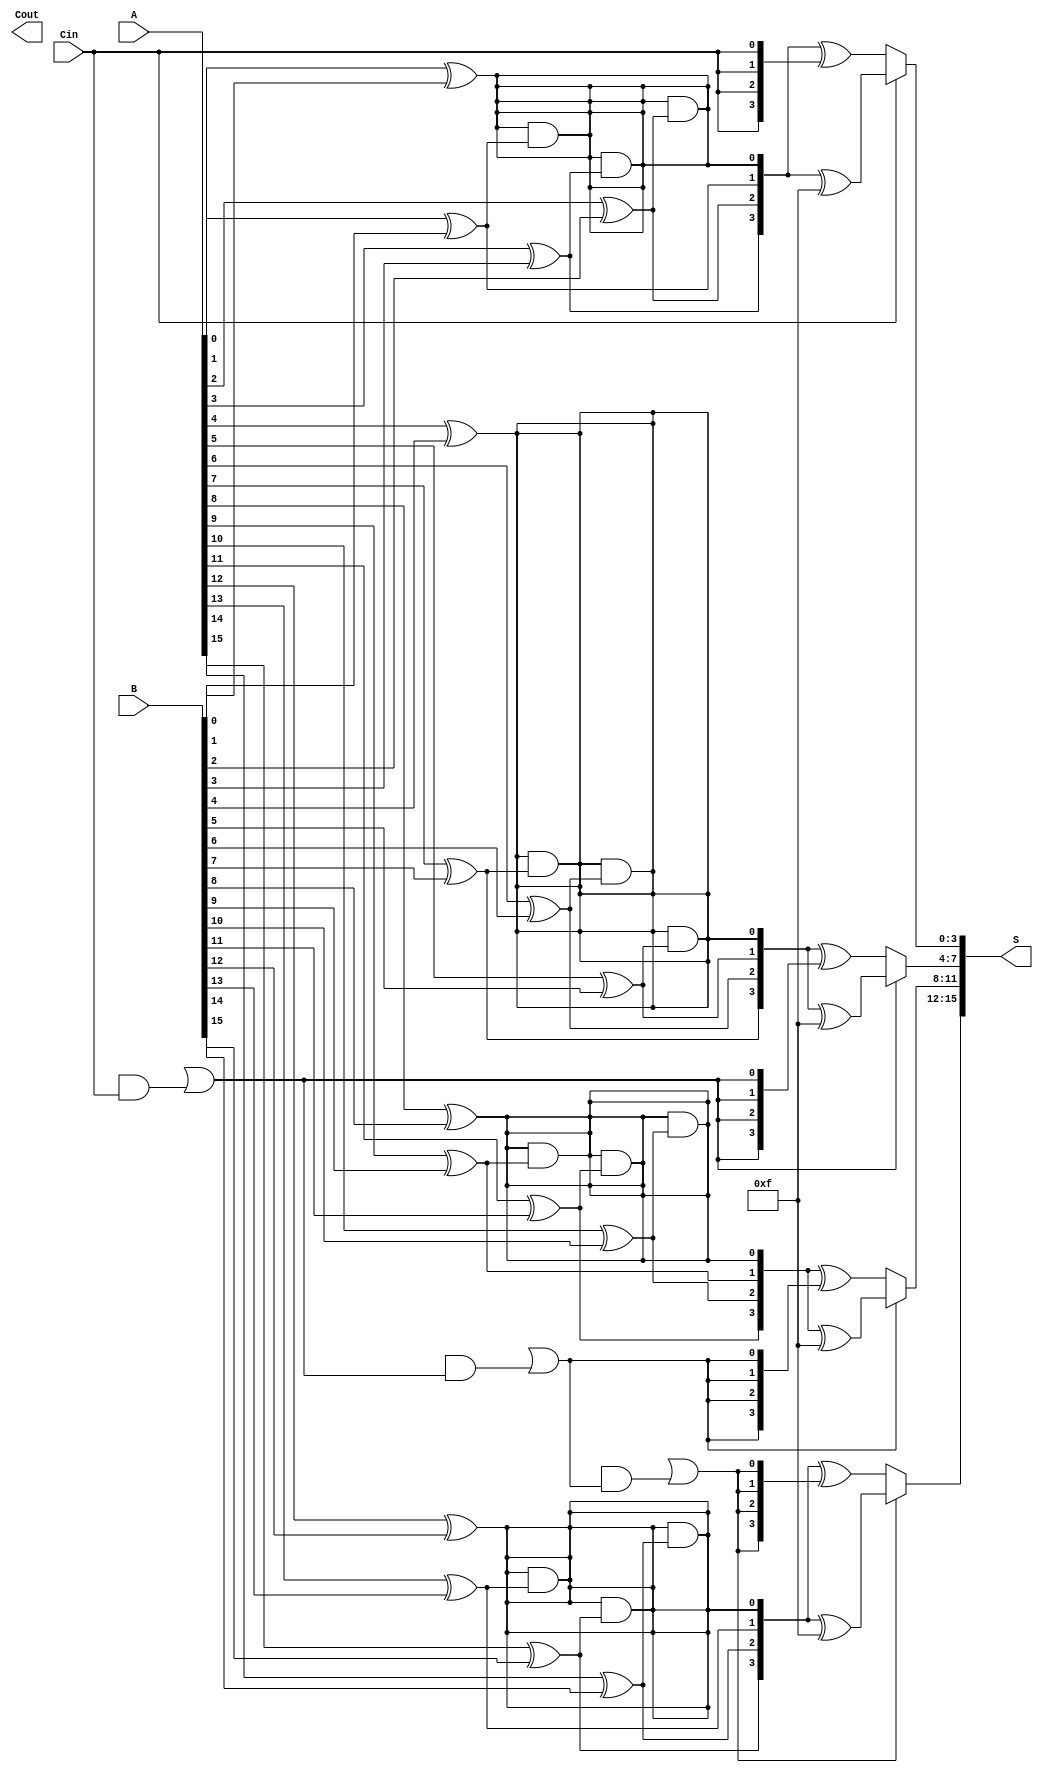
module ParallelPrefixCarrySelectAdder #(parameter n = 16, parameter m = 4) (
    input  [n-1:0] A,      // First operand
    input  [n-1:0] B,      // Second operand
    input  Cin,            // Carry input
    output [n-1:0] S,      // Sum output
    output Cout            // Carry output
);
    localparam num_segments = n / m;

    // Generate and Propagate signals
    wire [num_segments-1:0] G [0:m-1]; // Generate signals
    wire [num_segments-1:0] P [0:m-1]; // Propagate signals
    wire [num_segments:0] C; // Carry signals

    // Generate and Propagate computation for each segment
    genvar i, j;
    generate
        for (i = 0; i < num_segments; i = i + 1) begin : gen_prop
            for (j = 0; j < m; j = j + 1) begin : bit_gen_prop
                assign G[i][j] = A[i*m+j] & B[i*m+j]; // Generate
                assign P[i][j] = A[i*m+j] ^ B[i*m+j]; // Propagate
            end
        end
    endgenerate

    // Carry computation using a prefix tree (Kogge-Stone style)
    assign C[0] = Cin; // Initial carry input

    generate
        for (i = 0; i < num_segments; i = i + 1) begin : carry_calc
            wire [num_segments-1:0] temp_G;
            wire [num_segments-1:0] temp_P;

            assign temp_G[i] = G[i][0];
            assign temp_P[i] = P[i][0];

            for (j = 1; j < m; j = j + 1) begin : carry_inner
                assign temp_G[i] = temp_G[i] | (P[i][j-1] & G[i][j]);
                assign temp_P[i] = temp_P[i] & P[i][j];
            end

            // Calculate carry for the segment
            if (i > 0) begin
                assign C[i] = temp_G[i-1] | (temp_P[i-1] & C[i-1]);
            end
        end
    endgenerate

    // Sum calculation with carry select logic
    generate
        for (i = 0; i < num_segments; i = i + 1) begin : sum_calc
            wire [n-1:0] sum_with_carry_0;
            wire [n-1:0] sum_with_carry_1;

            assign sum_with_carry_0 = P[i] ^ {C[i], C[i], C[i], C[i]}; // Assuming m = 4
            assign sum_with_carry_1 = P[i] ^ {1'b1, 1'b1, 1'b1, 1'b1}; // Carry in 1

            // Select the correct sum based on carry
            assign S[i*m +: m] = (C[i] ? sum_with_carry_1 : sum_with_carry_0);
        end
    endgenerate

    // Final carry out
    assign Cout = C[num_segments];

endmodule